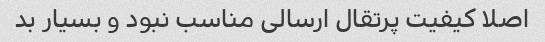
اصلا کیفیت پرتقال ارسالی مناسب نبود و بسیار بد